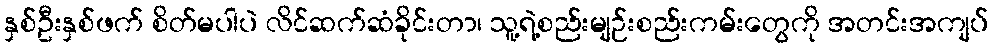
နှစ်ဦးနှစ်ဖက် စိတ်မပါပဲ လိင်ဆက်ဆံခိုင်းတာ၊ သူ့ရဲ့စည်းမျဉ်းစည်းကမ်းတွေကို အတင်းအကျပ်